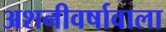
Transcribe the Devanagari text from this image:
अशनीवर्षावाला